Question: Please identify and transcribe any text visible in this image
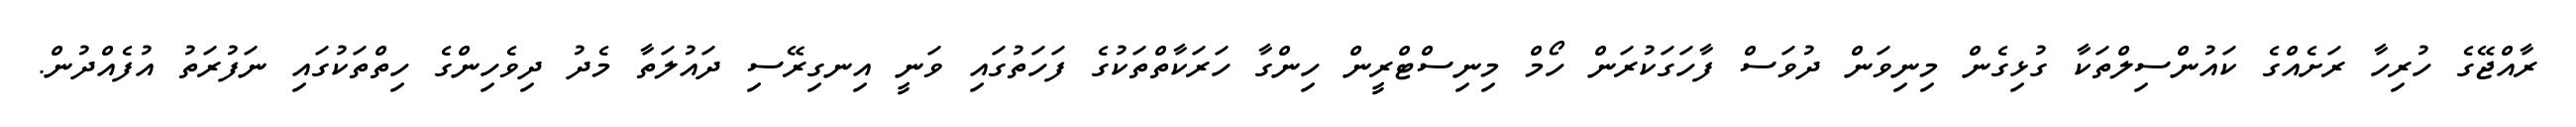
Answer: ރާއްޖޭގެ ހުރިހާ ރަށެއްގެ ކައުންސިލްތަކާ ގުޅިގެން މިނިވަން ދުވަސް ފާހަގަކުރަން ހޯމް މިނިސްޓްރީން ހިންގާ ހަރަކާތްތަކުގެ ފަހަތުގައި ވަނީ އިނގިރޭސި ދައުލަތާ މެދު ދިވެހިންގެ ހިތްތަކުގައި ނަފުރަތު އުފެއްދުން.